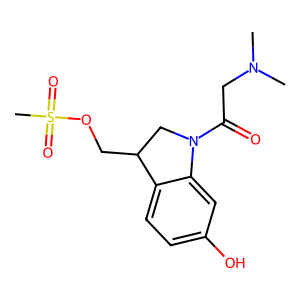
SMILES: CN(C)CC(=O)N1CC(COS(C)(=O)=O)c2ccc(O)cc21
Inhibits HIV replication: No